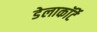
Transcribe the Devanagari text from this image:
डेलाकॉर्टे